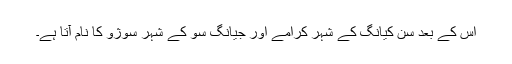
اس کے بعد سن کیانگ کے شہر کرامے اور جیانگ سو کے شہر سوژو کا نام آتا ہے۔